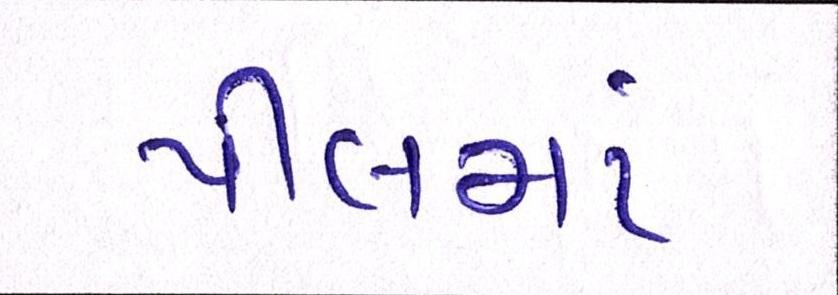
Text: પીલમાં